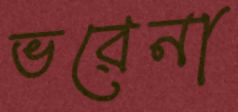
ভরেনা